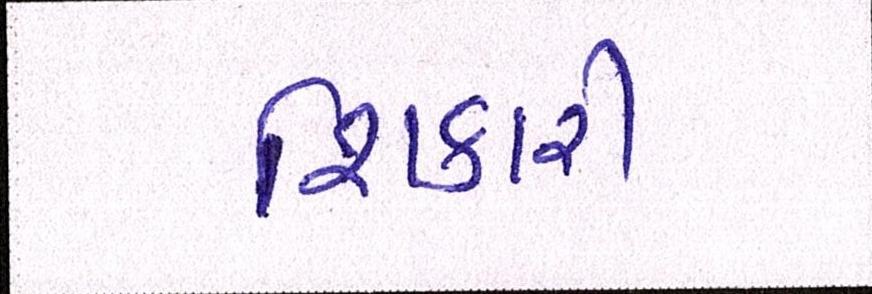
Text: શિકારી